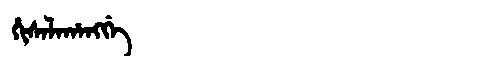
Manchu: ᡥᡳᠰᠠᠯᠠᡥᠠᠩᡤᡝ
Romanization: HISALAHANGGE